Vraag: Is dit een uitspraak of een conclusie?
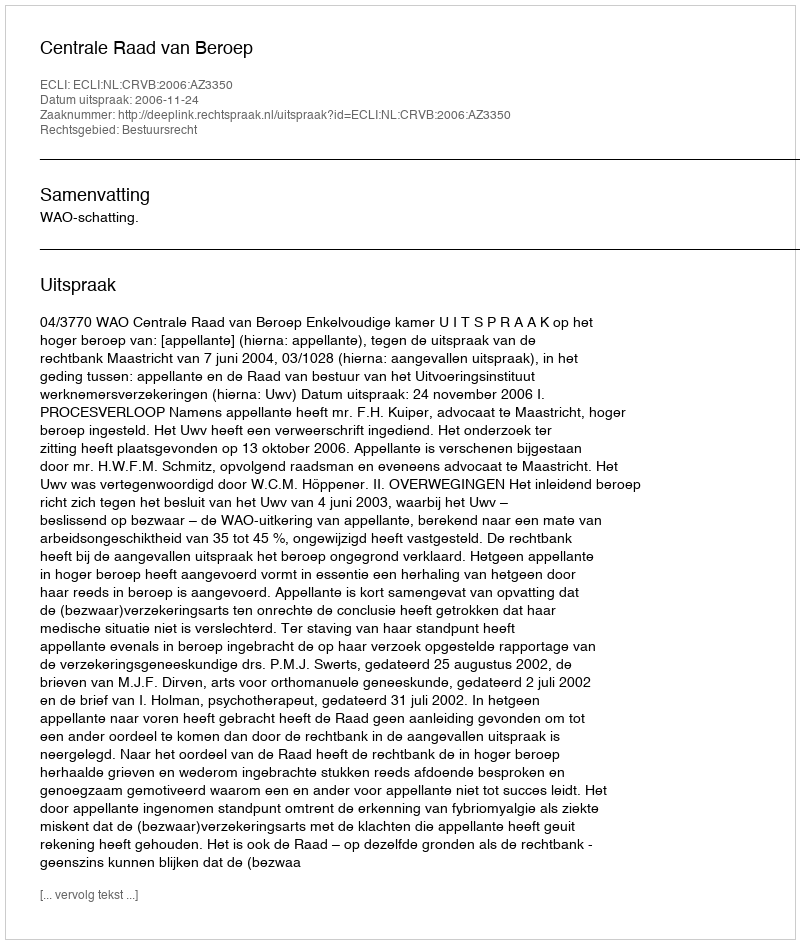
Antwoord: Uitspraak